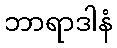
ဘာရာဒါနံ